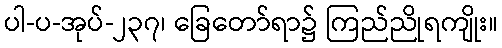
ပါ-ပ-အုပ်-၂၃၇၊ ခြေတော်ရာ၌ ကြည်ညိုရကျိုး။